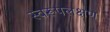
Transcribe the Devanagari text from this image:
स्वरूपलक्षण